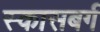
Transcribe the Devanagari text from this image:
स्कासबर्ग